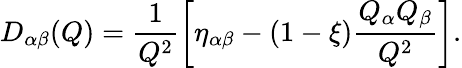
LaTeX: D_{\alpha\beta}(Q)=\frac{1}{Q^{2}}\left[\eta_{\alpha\beta}-(1-\xi)\frac{Q_{\alpha}Q_{\beta}}{Q^{2}}\right].